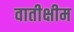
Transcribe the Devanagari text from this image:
वातीक्षीम